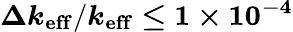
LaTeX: \boldsymbol{\Delta k_{\mathrm{eff}}/k_{\mathrm{eff}}\le 1\times 10^{-4}}